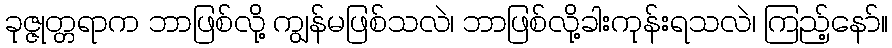
ခုဇ္ဇုတ္တရာက ဘာဖြစ်လို့ ကျွန်မဖြစ်သလဲ၊ ဘာဖြစ်လို့ခါးကုန်းရသလဲ၊ ကြည့်နော်။